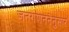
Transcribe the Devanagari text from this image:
जनगणननेनुसार